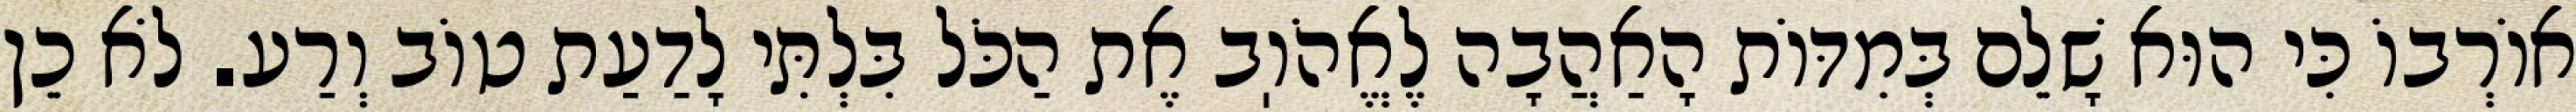
אוֹרְבוֹ כִּי הוּא שָׁלֵם בְּמִדּוֹת הָאַהֲבָה לֶאֱהֹוֽב אֶת הַכֹּל בִּלְתִּי לָדַעַת טוֹב וְרַע. לֹא כֵן